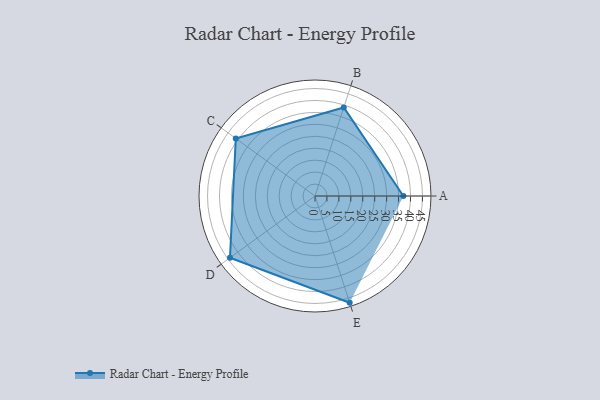
{"axis": {"x": "Skill", "y": "Score"}, "legend": ["Profile"], "data": [{"x": "A", "y": 37.0, "type": "Profile"}, {"x": "B", "y": 39.0, "type": "Profile"}, {"x": "C", "y": 41.0, "type": "Profile"}, {"x": "D", "y": 44.0, "type": "Profile"}, {"x": "E", "y": 47.0, "type": "Profile"}]}